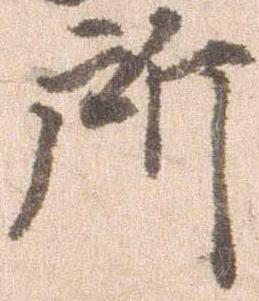
所